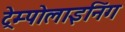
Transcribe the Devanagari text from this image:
ट्रेम्पोलाइनिंग